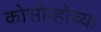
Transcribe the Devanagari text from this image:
कोसोव्होच्या